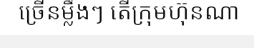
ច្រើនម្លឹងៗ តើក្រុមហ៊ុនណា